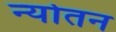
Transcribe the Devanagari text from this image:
न्योतन